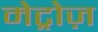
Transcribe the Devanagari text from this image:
मेट्रोज़